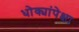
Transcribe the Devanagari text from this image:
धोक्यांपेक्षा